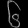
Digit: ၆